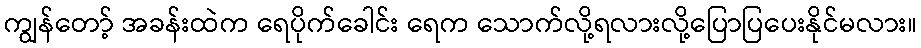
ကျွန်တော့် အခန်းထဲက ရေပိုက်ခေါင်း ရေက သောက်လို့ရလားလို့ပြောပြပေးနိုင်မလား။